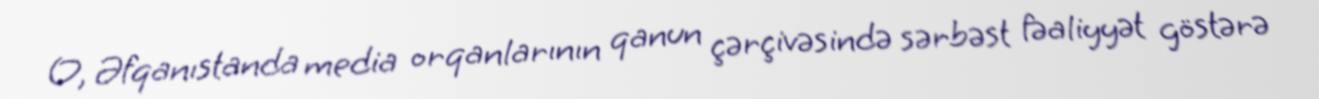
O, Əfqanıstanda media orqanlarının qanun çərçivəsində sərbəst fəaliyyət göstərə